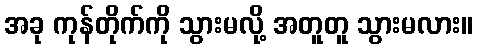
အခု ကုန်တိုက်ကို သွားမလို့ အတူတူ သွားမလား။